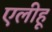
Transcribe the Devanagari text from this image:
एलीहू